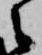
之